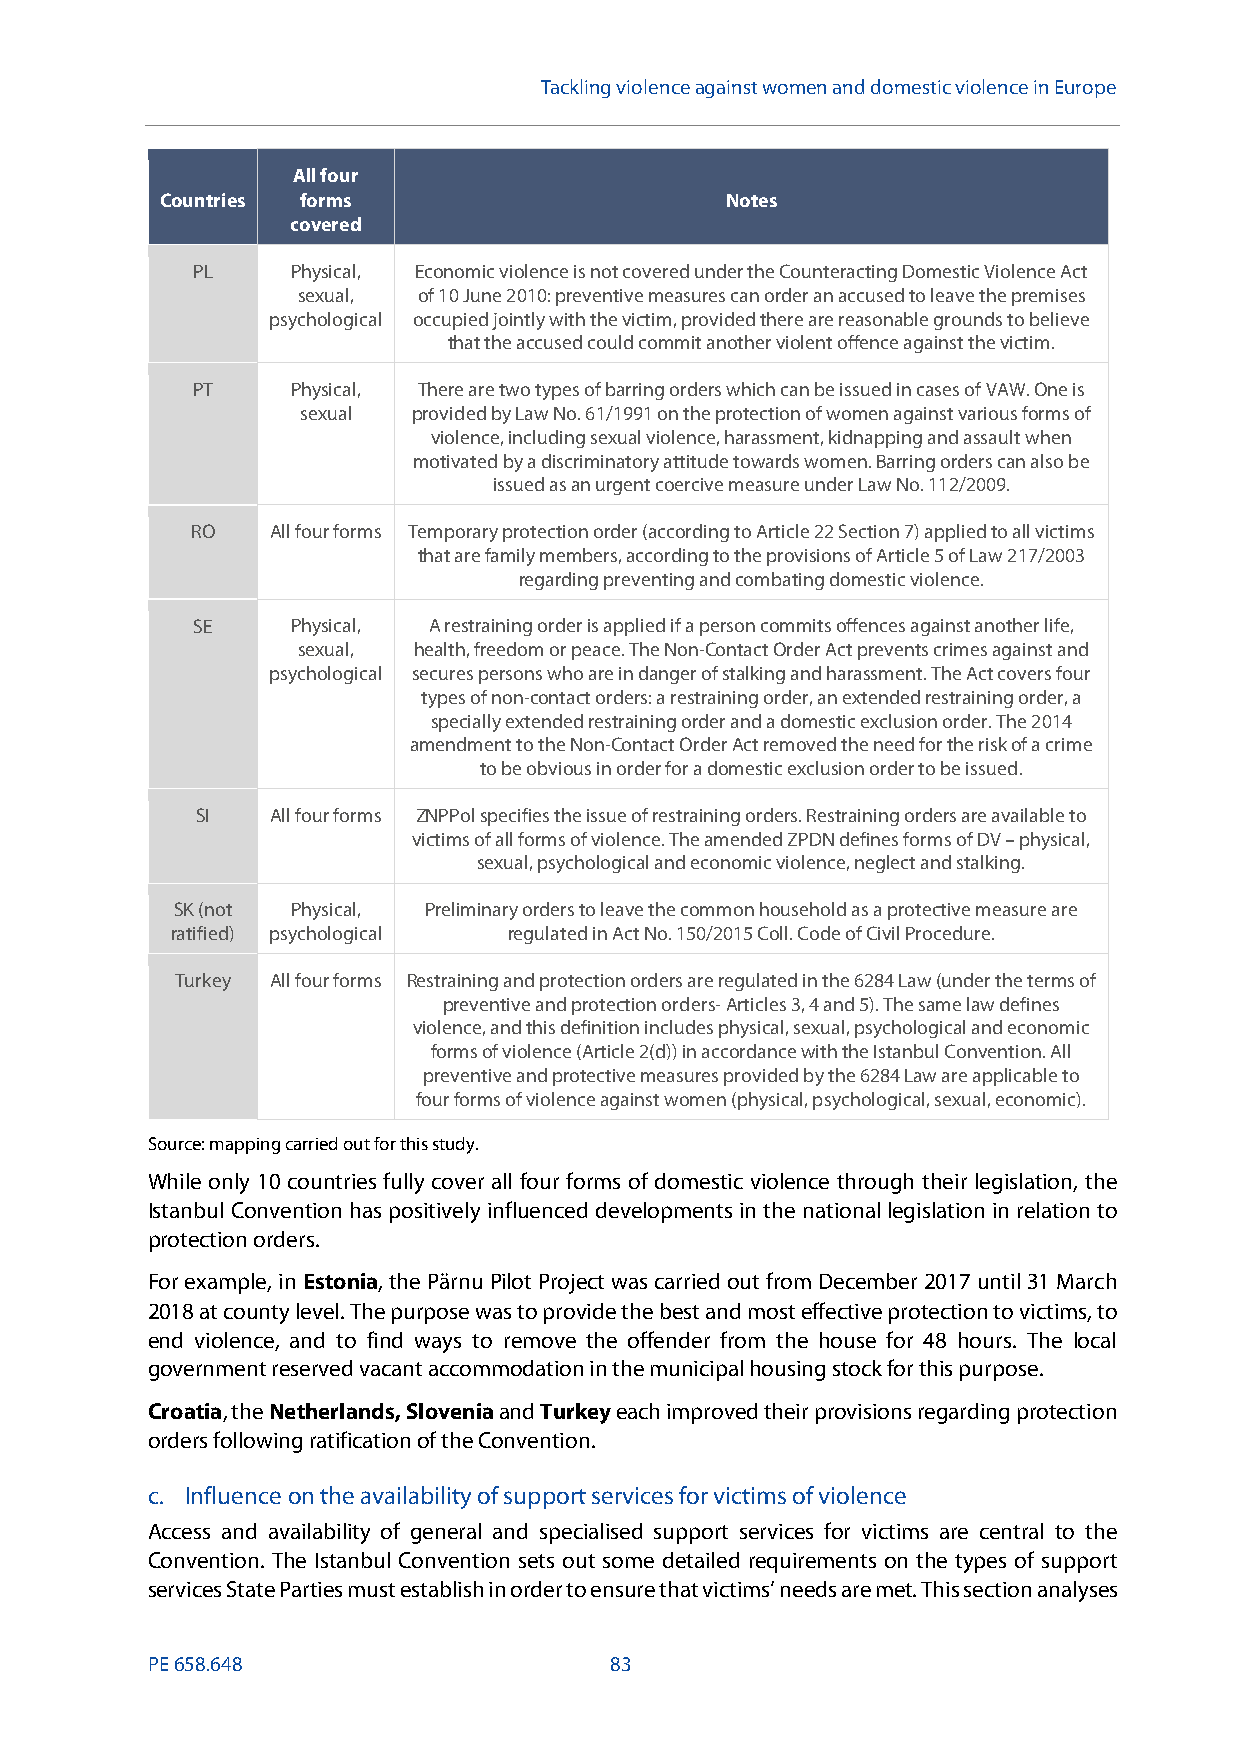
Tackling violenceagainst women and domestic violence in Europe
 All four
 Countries forms                      Notes
 covered
 PL    Physical, Economic violence is not covered under the Counteracting Domestic Violence Act
 sexual, of 10 June 2010: preventive measures can order an accused to leave the premises
 psychological occupied jointly with the victim, provided there are reasonable grounds to believe
 that the accused could commit another violent offence against the victim.
 PT    Physical, There are two types of barring orders which can be issued in cases of VAW.One is
 sexual provided by Law No. 61/1991 on the protection of women against various forms of
 violence, including sexual violence, harassment, kidnapping and assault when
 motivated by a discriminatory attitude towards women. Barring orders can also be
 issued asan urgent coercive measure under Law No. 112/2009.
 RO   All four forms Temporary protection order (according to Article 22 Section 7) applied to all victims
 that are family members, according to the provisions of Article 5 of Law 217/2003
 regarding preventing and combating domestic violence.
 SE    Physical, A restraining order is applied if a person commits offences against another life,
 sexual, health, freedom or peace. The Non-Contact Order Act prevents crimes against and
 psychological secures persons who are in danger of stalking and harassment. The Act covers four
 types of non-contact orders: a restraining order, an extended restraining order, a
 specially extended restraining order and a domestic exclusion order. The 2014
 amendment to the Non-Contact OrderAct removed the need for the risk of a crime
 to be obvious in order for a domestic exclusion order to be issued.
 SI   All four forms ZNPPolspecifies the issue of restraining orders. Restraining orders are available to
 victims of all forms of violence. The amended ZPDN defines forms of DV–physical,
 sexual, psychological and economic violence, neglect and stalking.
 SK (not Physical, Preliminary orders to leave the common household as a protective measure are
 ratified) psychological regulated in Act No. 150/2015 Coll. Code of Civil Procedure.
 Turkey All four forms Restraining and protection orders are regulated in the 6284 Law (under the terms of
 preventive and protection orders-Articles 3, 4 and 5). The same law defines
 violence, and this definition includes physical, sexual, psychological and economic
 forms of violence (Article 2(d)) in accordance with the Istanbul Convention. All
 preventive and protective measures provided by the 6284 Law are applicable to
 four forms of violence against women (physical, psychological, sexual, economic).
 Source: mapping carried out for this study.
 While only 10 countries fully cover all four forms of domestic violence through their legislation, the
 Istanbul Convention has positively influenced developments in the national legislation in relation to
 protection orders.
 For example, inEstonia, the PärnuPilot Project was carried out from December 2017 until 31 March
 2018 at county level. The purpose was to provide the best and most effective protection to victims, to
 end violence, and to find ways to remove the offender from the house for 48 hours. The local
 government reserved vacant accommodation in the municipal housing stock for this purpose.
 Croatia, theNetherlands,SloveniaandTurkeyeach improved their provisions regarding protection
 orders following ratification of the Convention.
 c. Influence onthe availability of support services for victims of violence
 Access and availability of general and specialised support services for victims are central to the
 Convention. The Istanbul Convention sets out some detailed requirements on the types of support
 services State Parties must establish in order to ensure that victims’ needs are met. This section analyses
 PE658.648                     83